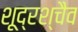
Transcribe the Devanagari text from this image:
शूद्रश्चैव